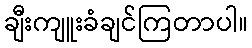
ချီးကျူးခံချင်ကြတာပါ။